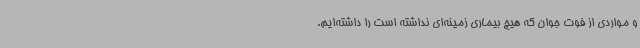
و مواردی از فوت جوان که هیچ بیماری زمینه‌ای نداشته است را داشته‌ایم.